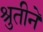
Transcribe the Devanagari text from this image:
श्रुतीने